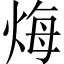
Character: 烸